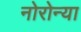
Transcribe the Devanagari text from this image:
नोरोन्या